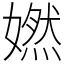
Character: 㜣